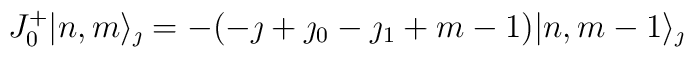
J^+_0|n,m\rangle_{\jmath}=-(-\jmath+\jmath_0-\jmath_1+m-1)|n,m-1\rangle_{\jmath}